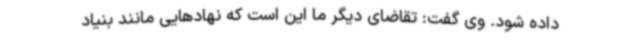
داده شود. وی گفت: تقاضای دیگر ما این است که نهادهایی مانند بنیاد